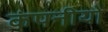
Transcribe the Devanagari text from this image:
कंपनीयो